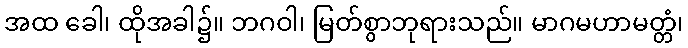
အထ ခေါ၊ ထိုအခါ၌။ ဘဂဝါ၊ မြတ်စွာဘုရားသည်။ မာဂမဟာမတ္တံ၊